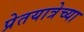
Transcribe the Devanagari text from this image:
प्रेतयात्रेच्या